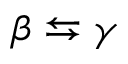
\beta \leftrightarrows \gamma